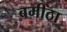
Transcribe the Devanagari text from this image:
बमीठा